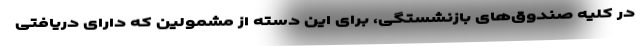
در کلیه صندوق‌های بازنشستگی، برای این دسته از مشمولین که دارای دریافتی